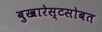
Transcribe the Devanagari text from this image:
बुखारेस्टसोबत